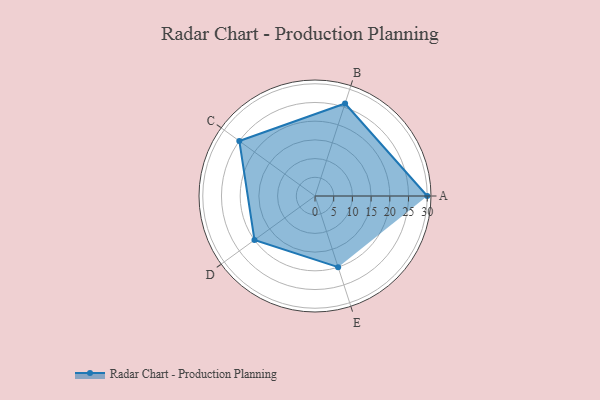
{"axis": {"x": "Skill", "y": "Score"}, "legend": ["Profile"], "data": [{"x": "A", "y": 30.0, "type": "Profile"}, {"x": "B", "y": 26.0, "type": "Profile"}, {"x": "C", "y": 25.0, "type": "Profile"}, {"x": "D", "y": 20.0, "type": "Profile"}, {"x": "E", "y": 20, "type": "Profile"}]}